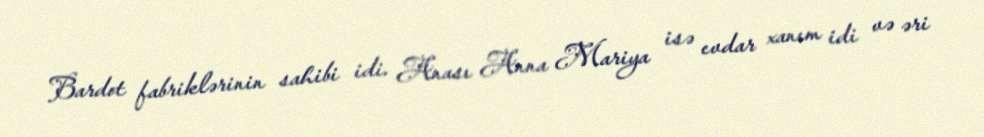
Bardot fabriklərinin sahibi idi. Anası Anna Mariya isə evdar xanım idi və əri